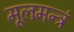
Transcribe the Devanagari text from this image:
मूलमन्त्रं